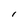
Character: I